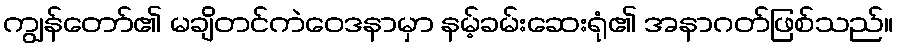
ကျွန်တော်၏ မချိတင်ကဲဝေဒနာမှာ နမ့်ခမ်းဆေးရုံ၏ အနာဂတ်ဖြစ်သည်။